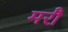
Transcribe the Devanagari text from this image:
मरौं